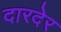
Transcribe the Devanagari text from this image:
दारदेर